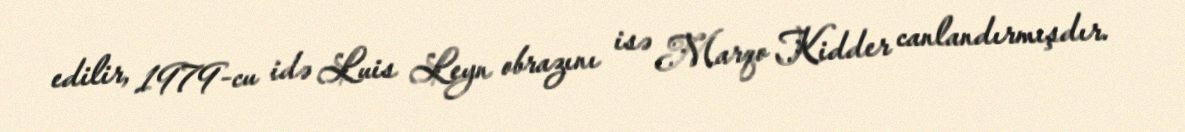
edilir, 1979-cu idə Luis Leyn obrazını isə Marqo Kidder canlandırmışdır.